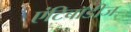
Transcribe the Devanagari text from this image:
एंटिबॉडीज